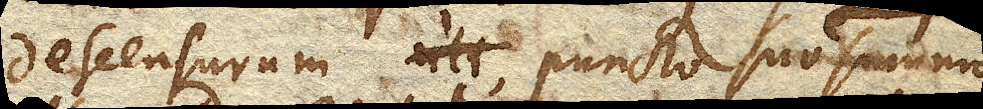
descensurum puncto suo summo